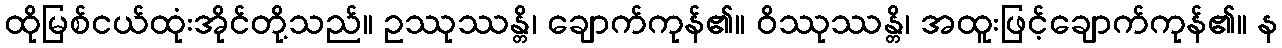
ထိုမြစ်ငယ်ထုံးအိုင်တို့သည်။ ဥဿုဿန္တိ၊ ချောက်ကုန်၏။ ဝိဿုဿန္တိ၊ အထူးဖြင့်ချောက်ကုန်၏။ န